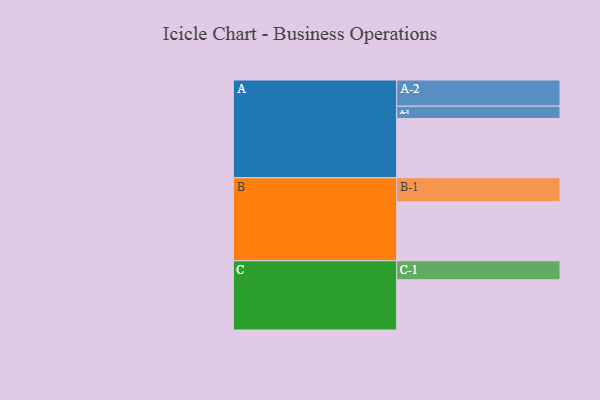
{"axis": {"x": "Segment", "y": "Value"}, "legend": ["", "A", "B", "C"], "data": [{"x": "A", "y": 519, "type": ""}, {"x": "B", "y": 516, "type": ""}, {"x": "C", "y": 440, "type": ""}, {"x": "A-1", "y": 108, "type": "A"}, {"x": "A-2", "y": 229, "type": "A"}, {"x": "B-1", "y": 211, "type": "B"}, {"x": "C-1", "y": 166, "type": "C"}]}